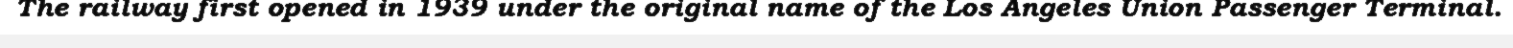
The railway first opened in 1939 under the original name of the Los Angeles Union Passenger Terminal.